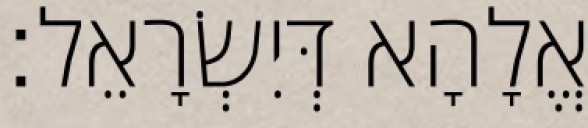
אֱלָהָא דְּיִשְׂרָאֵל׃